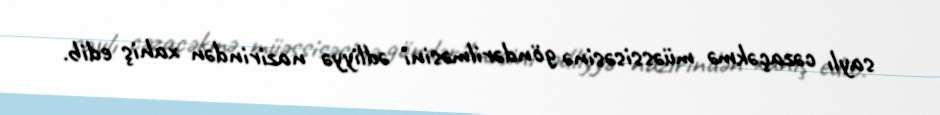
saylı cəzaçəkmə müəssisəsinə göndərilməsini ədliyyə nazirindən xahiş edib.